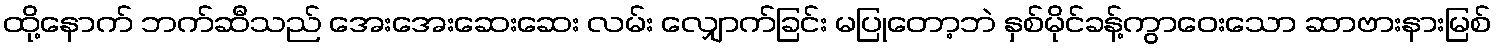
ထို့နောက် ဘက်ဆီသည် အေးအေးဆေးဆေး လမ်း လျှောက်ခြင်း မပြုတော့ဘဲ နှစ်မိုင်ခန့်ကွာဝေးသော ဆာဗားနားမြစ်